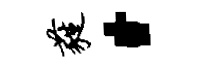
蕤·